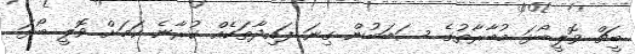
ބީޗް ވޮލީބޯޅަ މުބާރާތުގެ ސަބަބުން ގިނަ ފައިދާތަކެއް ކުރާނެ ކަމަށް ވޮލީ ބޯޅަ